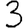
Digit: 3